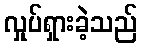
လှုပ်ရှားခဲ့သည်